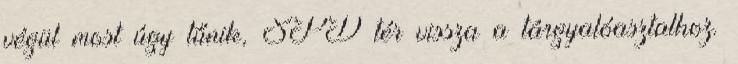
végül most úgy tűnik, SPD tér vissza a tárgyalóasztalhoz.